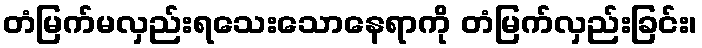
တံမြက်မလှည်းရသေးသောနေရာကို တံမြက်လှည်းခြင်း၊